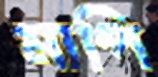
মাপি